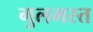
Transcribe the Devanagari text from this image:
गुलमस्त